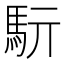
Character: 䭼